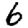
Digit: 6